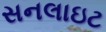
સનલાઇટ